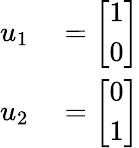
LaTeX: \begin{array}{rl}{u_{1}}&{{}={\left[\begin{array}{l}{1}\\ {0}\end{array}\right]}}\\ {u_{2}}&{{}={\left[\begin{array}{l}{0}\\ {1}\end{array}\right]}}\end{array}